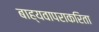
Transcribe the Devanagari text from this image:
बाह्यवापराकरिता